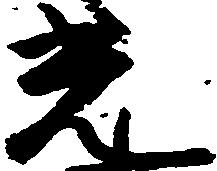
光